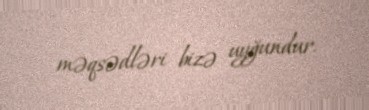
məqsədləri bizə uyğundur.